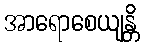
အာရောစေယျန္တိ